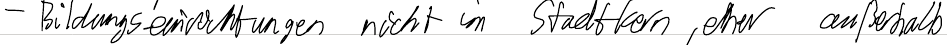
- Bildungseinrichtungen nicht im Stadtkern, eher außerhalb